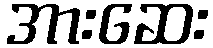
အားဆေး